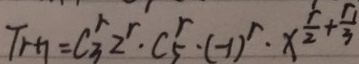
T _ { r + 1 } = C ^ { r } _ { 3 } 2 ^ { r } \cdot C ^ { r } _ { 5 } \cdot ( - 1 ) ^ { r } \cdot x ^ { \frac { r } { 2 } + \frac { r _ { 1 } } { 3 } }